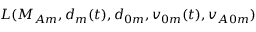
L ( M _ { A m } , d _ { m } ( t ) , d _ { 0 m } , v _ { 0 m } ( t ) , v _ { A 0 m } )